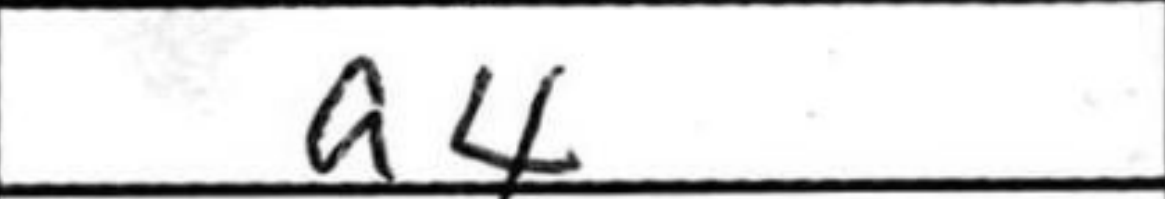
Transcription: a4